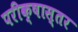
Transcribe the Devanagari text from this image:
परीक्षास्तर